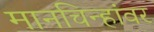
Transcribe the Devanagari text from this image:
मानचिन्हांवर